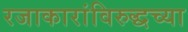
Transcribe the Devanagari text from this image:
रजाकारांविरुद्धच्या